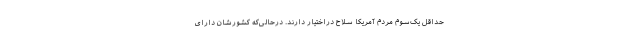
حداقل یک‌سوم مردم آمریکا سلاح دراختیار دارند. درحالی‌که کشورشان دارای